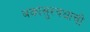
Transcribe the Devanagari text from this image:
बकासुरवधाची